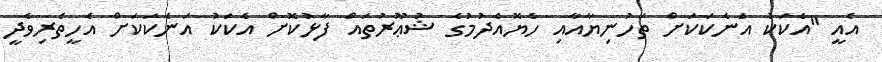
އެއީ "އެކަކު އަނެކަކަށް ތަހުނިޔާއާއި ހެޔޮއެދުމުގެ ޝުޢޫރުތައް ފާޅުކޮށް އެކަކު އަނެކަކަށް އެހީތެރިވެދީ